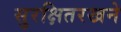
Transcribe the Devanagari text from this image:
सुरक्षितरखने